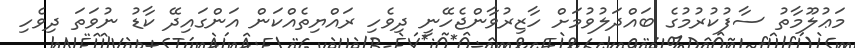
މަޢުލޫމާތު ސާފުކުރުމުގެ ބައްދަލުވުމަށް ހާޒިރުވާންޖެހޭނީ ދިވެހި ރައްޔިތެއްކަން އަންގައިދޭ ކާޑު ނުވަތަ ދިވެހި